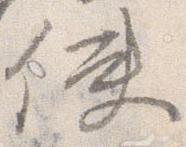
使